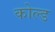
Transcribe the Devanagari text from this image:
कोल्‍ड